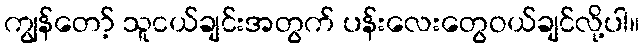
ကျွန်တော့် သူငယ်ချင်းအတွက် ပန်းလေးတွေဝယ်ချင်လို့ပါ။